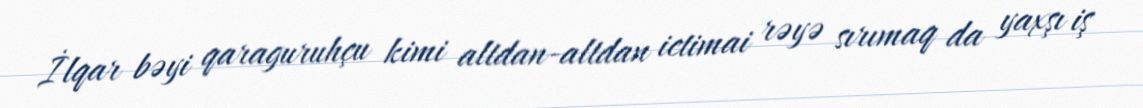
İlqar bəyi qaraguruhçu kimi altdan-altdan ictimai rəyə sırımaq da yaxşı iş